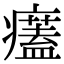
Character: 𤻜